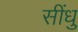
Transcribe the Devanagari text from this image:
सींधु